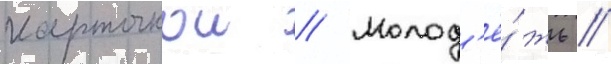
карточкои // Молод'ё́жь /